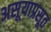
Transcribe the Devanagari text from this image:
असूयाप्रसूत